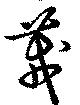
茙